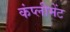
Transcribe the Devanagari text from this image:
कंप्लीमेंट